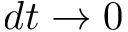
d t \rightarrow 0